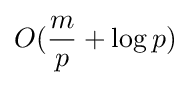
O({\frac {m}{p}}+\log p)